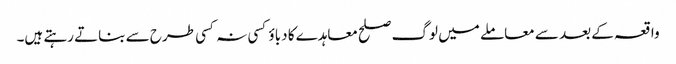
واقعہ کے بعد سے معاملے میں لوگ صلح معاہدے کا دباؤ کسی نہ کسی طرح سے بناتے رہتے ہیں۔